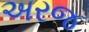
અરજ